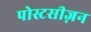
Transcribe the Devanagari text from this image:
पोस्टसीज़न